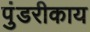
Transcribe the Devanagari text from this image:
पुंडरीकाय